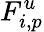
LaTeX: F_{i,p}^{u}